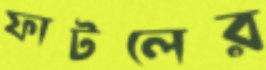
ফাটলের